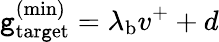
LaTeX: \mathtt{g}_{\mathrm{{tar\mathtt{g}et}}}^{\mathrm{{(min)}}}=\lambda_{\mathrm{{b}}}v^{+}+d